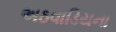
અઠવાડિયના